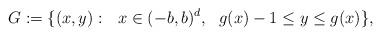
LaTeX: \begin{align*}G:=\{ (x, y):\ \ x\in (-b,b)^{d},\ \ g(x)-1\le y\leq g(x)\},\end{align*}